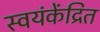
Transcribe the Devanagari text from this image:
स्वयंकेंद्रित